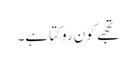
تجھے کون روکتا ہے۔